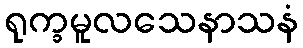
ရုက္ခမူလသေနာသနံ